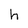
Character: h